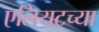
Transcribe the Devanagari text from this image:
एलियटच्या